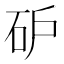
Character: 𰦩